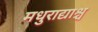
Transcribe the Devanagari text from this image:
मधुराद्याश्च